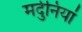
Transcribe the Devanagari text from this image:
मर्दुनियां